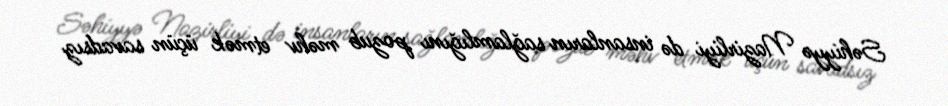
Səhiyyə Nazirliyi də insanların sağlamlığını pozub məhv etmək üçün savadsız